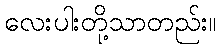
လေးပါးတို့သာတည်း။